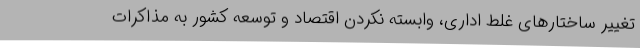
تغییر ساختارهای غلط اداری، وابسته نکردن اقتصاد و توسعه کشور به مذاکرات